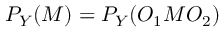
P _ { Y } ( M ) = P _ { Y } ( O _ { 1 } M O _ { 2 } )